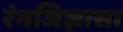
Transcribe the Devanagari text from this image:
रंगजिज्ञासा